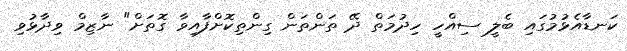
ކަނޑާއެޅުމުގައި ބެލީ ސިއްހީ ހިދުމަތް ދޭ ތަންތަން ގިންތިކޮށްފާއިވާ ގޮތަށް" ނާޒިމް ވިދާޅުވި